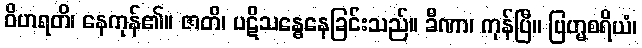
ဝိဟရတိ၊ နေကုန်၏။ ဇာတိ၊ ပဋိသန္ဓေနေခြင်းသည်။ ခီဏာ၊ ကုန်ပြီ။ ဗြဟ္မစရိယံ၊